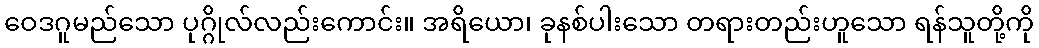
ဝေဒဂူမည်သော ပုဂ္ဂိုလ်လည်းကောင်း။ အရိယော၊ ခုနစ်ပါးသော တရားတည်းဟူသော ရန်သူတို့ကို